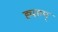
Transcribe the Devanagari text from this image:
ह्यहम्